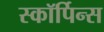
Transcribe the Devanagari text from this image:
स्कॉर्पिन्स